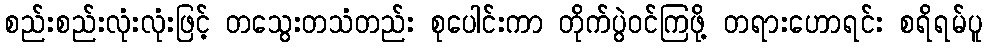
စည်းစည်းလုံးလုံးဖြင့် တသွေးတသံတည်း စုပေါင်းကာ တိုက်ပွဲဝင်ကြဖို့ တရားဟောရင်း စရိရမ်ပူ